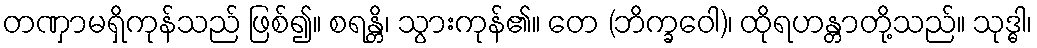
တဏှာမရှိကုန်သည် ဖြစ်၍။ စရန္တိ၊ သွားကုန်၏။ တေ (ဘိက္ခဝေါ)၊ ထိုရဟန္တာတို့သည်။ သုဒ္ဓါ၊